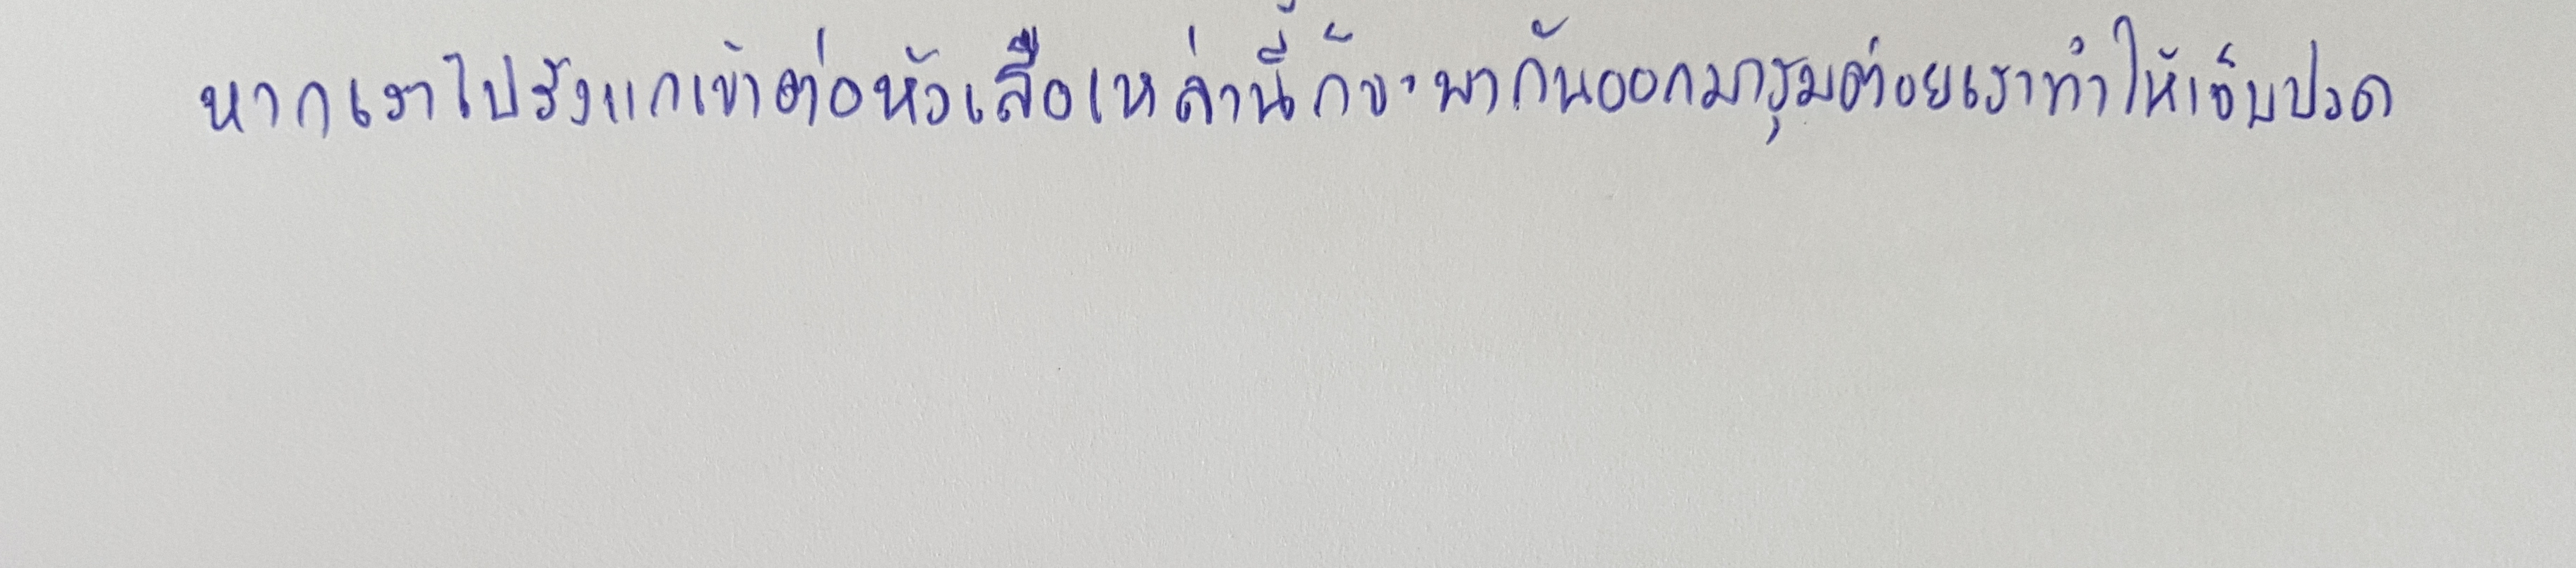
หากเราไปรังแกมันเข้าต่อหัวเสือเหล่านี้ก็จะพากันออกมารุมต่อยเราทำให้เจ็บปวด